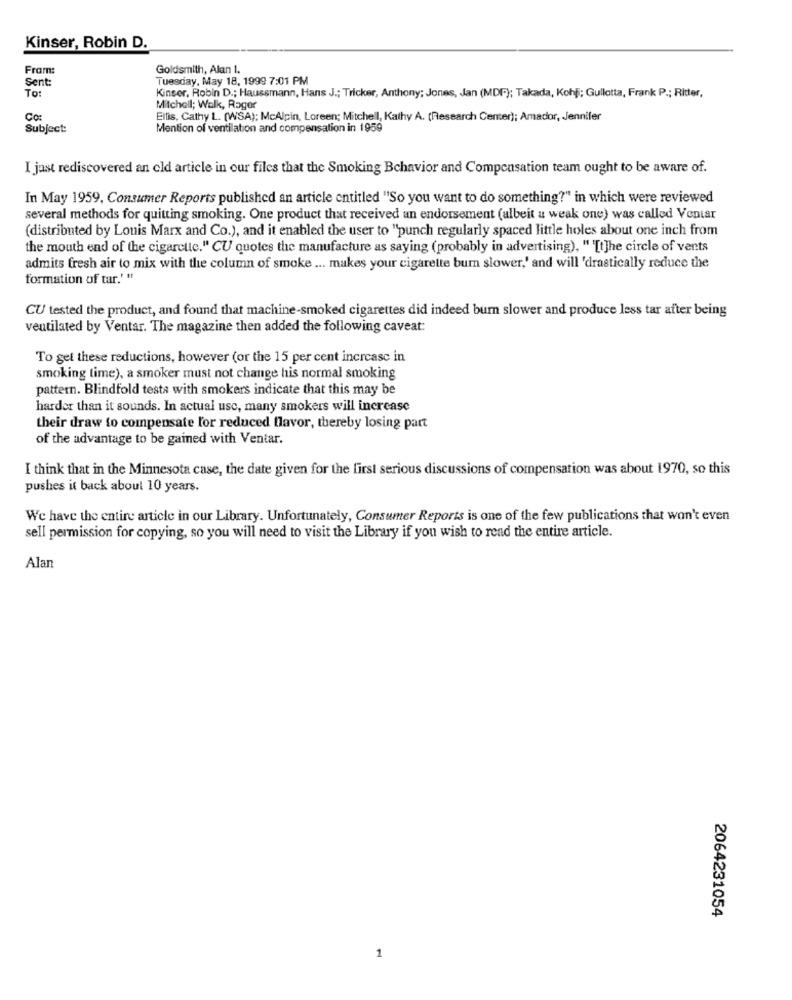
Kinser, Robin D.
Fram:
Goldsmith, Alan 1.
Sent:
Tuesday, May 18, 1999 7:01 PM
To:
Kinser, Robin D .; Haussmann, Hans J .; Tricker, Anthony; Jones, Jan (MDF); Takada, Kohli; Gullotta, Frank P .; Ritter,
Mitchell; Walk, Rager
Co:
Ellis, Cathy L. (WSA); McAlpin, Loreen; Mitchell, Kathy A. (Research Center); Amador, Jennifer
Subject:
Mention of ventilation and compensation in 1959
I jast rediscovered an eld article in our files that the Smoking Behavior and Compensation team ought to be aware of.
In May 1959, Consumer Reports published an article entitled "So you want to do something?" in which were reviewed
several methods for quitting smoking. One product that received an endorsement (albeit a weak one) was called Ventar
(distributed by Louis Marx and Co.), and it enabled the user to "punch regularly spaced little holes about one inch from
the mouth end of the cigarette." CU quotes the manufacture as saying (probably in advertising), " '[t]he circle of vents
admits fresh air to mix with the column of smoke ... makes your cigarette bum slower,' and will 'drastically reduce the
formation of tar.' "
CU tested the product, and found that machine-smoked cigarettes did indeed burn slower and produce less tar after being
ventilated by Ventar. The magazine then added the following caveat:
To get these reductions, however (or the 15 per cent increase in
smoking time), a smoker must not change his normal smoking
pattern. Blindfold testa with smokers indicate that this may be
harder than it sounds. In actual use, many smokers will increase
their draw to compensate l'or reduced flavor, thereby losing part
of the advantage to be gained with Ventar.
I think that in the Minnesota case, the date given for the first serious discussions of compensation was about 1970, so this
pushes it back about 10 years.
We have the entire article in our Library. Unfortunately, Consumer Reports is one of the few publications that won't even
sell permission for copying, so you will need to visit the Library if you wish to read the entire article.
Alan
2064231054
1